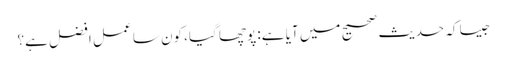
جیسا کہ حدیث صحیح میں آیا ہے: پوچھا گیا، کون سا عمل افضل ہے؟